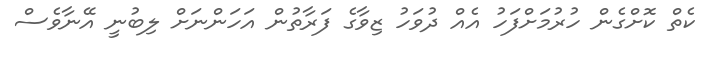
ކެތް ކޮށްގެން ހުރުމަށްފަހު އެއް ދުވަހު ޒިވާގެ ފަރާތުން އަހަންނަށް ލިބުނީ އޭނާވެސް